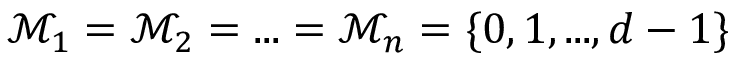
\mathcal { M } _ { 1 } = \mathcal { M } _ { 2 } = . . . = \mathcal { M } _ { n } = \{ 0 , 1 , . . . , d - 1 \}